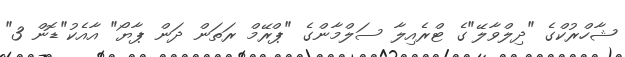
ޝާހްރުކްގެ "ދިލްވާލޭ"ގެ ޓްރެއިލާ ސަލްމާންގެ "ޕްރޭމް ރަތަން ދަން ޕާޔޯ" އާއެކު"ޑޮން 3"